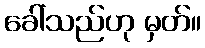
ခေါ်သည်ဟု မှတ်။